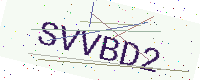
Text: SVVBD2